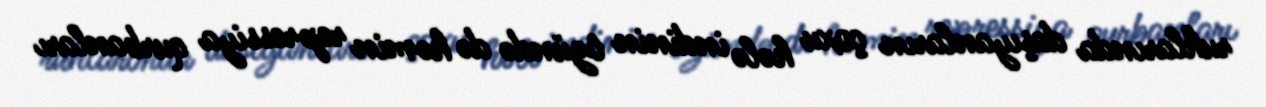
ruhlarında daşıyanların çoxu hələ indinin özündə də həmin repressiya qurbanları